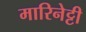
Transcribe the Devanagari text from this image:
मारिनेट्टी